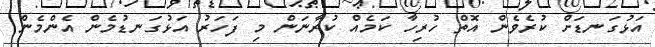
އަޅުގަނޑަށް ކުރެވެން އޮތް ހުރިހާ ކަމެއް ކުރާނަން މި ފަހަރު އަޅުގަނޑުމެން އެންމެން